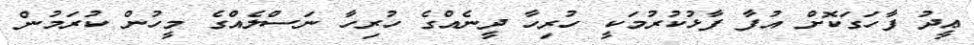
ޢީދު ފާހަގަކޮށް އުފާ ފާޅުކުރުމަކީ ހުރިހާ ދީނެއްގެ ހުރިހާ ނަސްލެއްގެ މީހުން ކުރަމުން